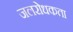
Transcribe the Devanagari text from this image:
जलरोधकता